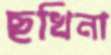
ছখিনা